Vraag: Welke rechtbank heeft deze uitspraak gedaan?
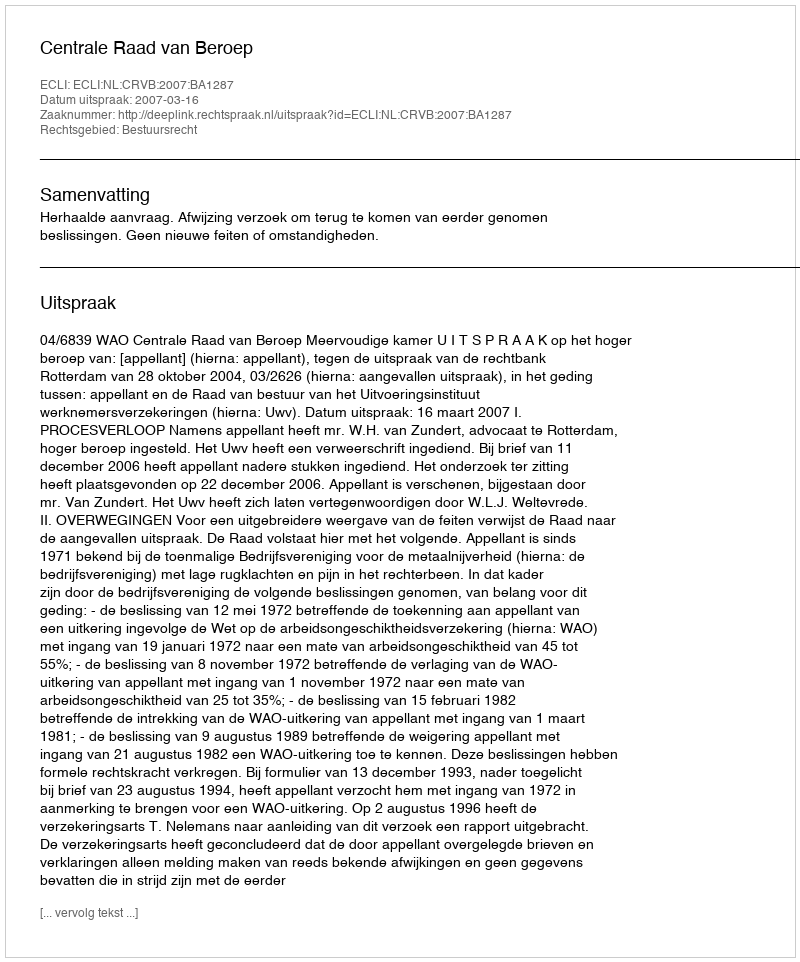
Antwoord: Centrale Raad van Beroep